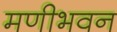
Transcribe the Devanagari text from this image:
मणीभवन